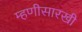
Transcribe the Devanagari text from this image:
म्हणीसारखी